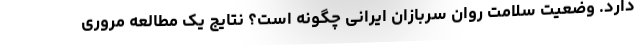
دارد. وضعیت سلامت روان سربازان ایرانی چگونه است؟ نتایج یک مطالعه مروری